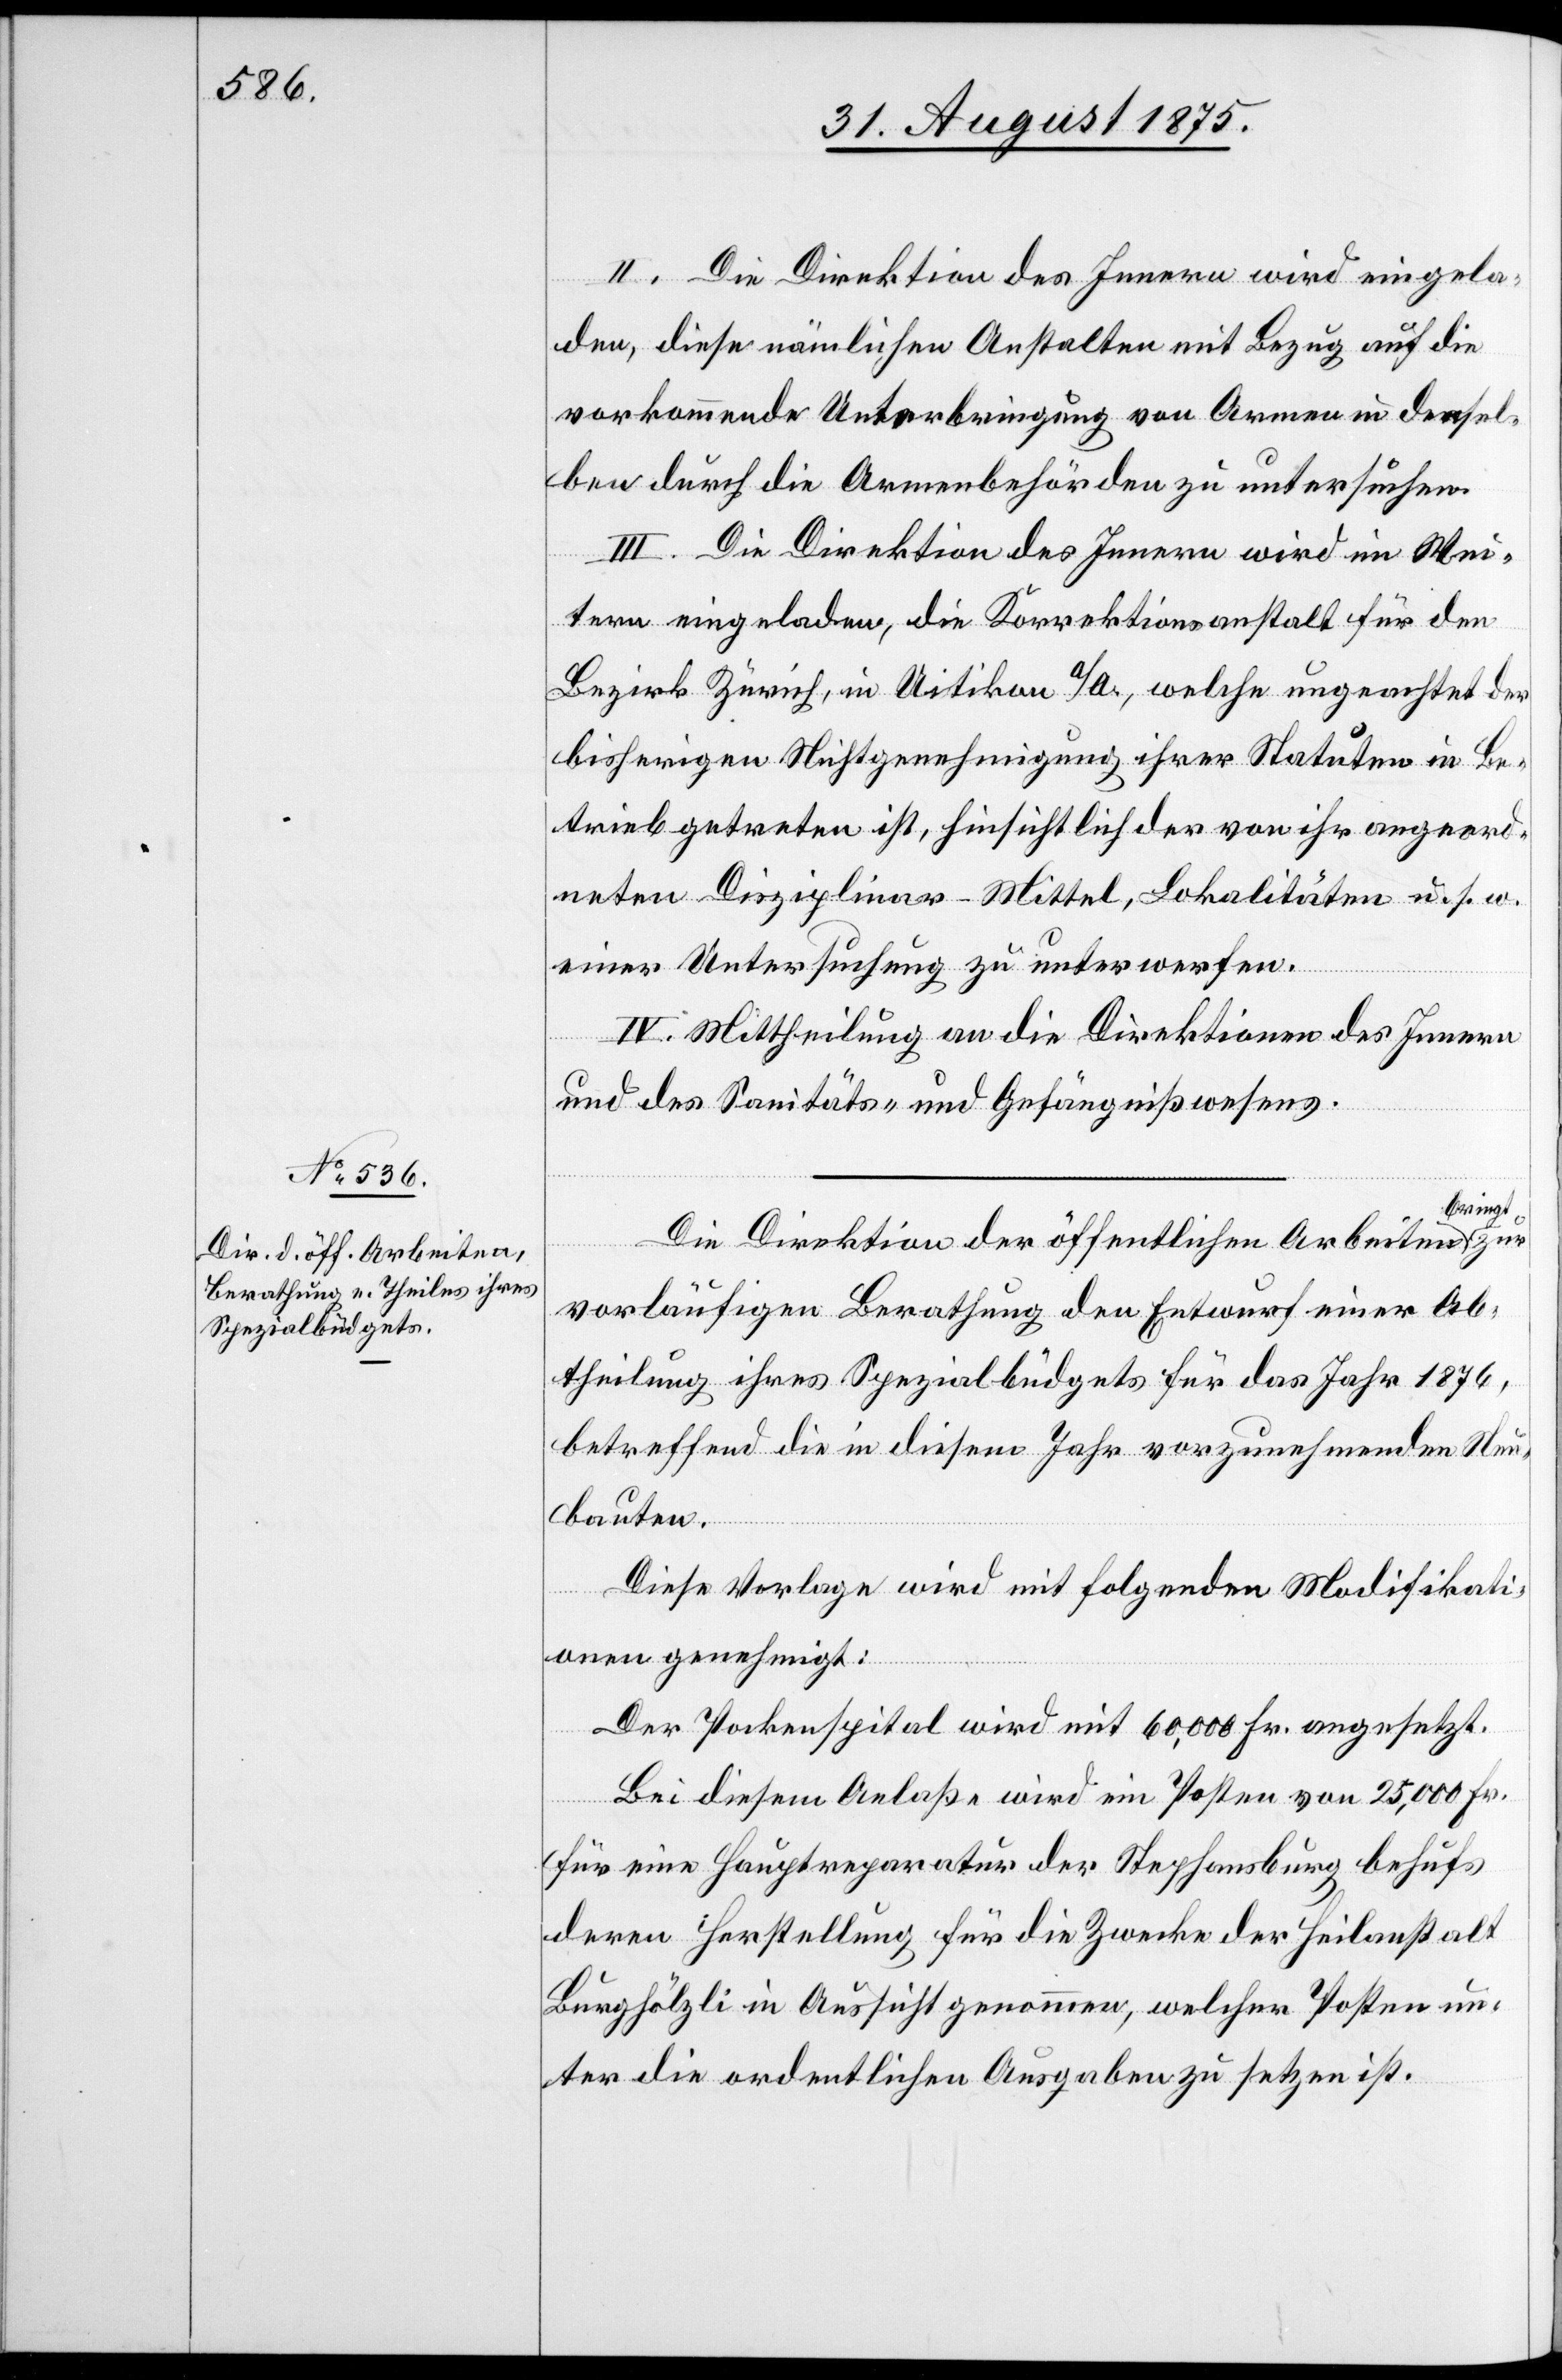
II. Die Direktion des Innern wird eingela¬
den, diese nämlichen Anstalten mit Bezug auf die
vorkommende Unterbringung von Armen in densel¬
ben durch die Armenbehörden zu untersuchen.
III. Die Direktion des Innern wird im Wei¬
tern eingeladen, die Korrektionsanstalt für den
Bezirk Zürich, in Uitikon a/A., welche ungeachtet der
bisherigen Nichtgenehmigung ihrer Statuten in Be¬
trieb getreten ist, hinsichtlich der von ihr angeord¬
neten Disziplinar-Mittel, Lokalitäten u. s. w.
einer Untersuchung zu unterwerfen.
IV. Mittheilung an die Direktionen des Innern
und des Sanitäts- und Gefängnißwesens.
bringt
Die Direktion der öffentlichen Arbeiten
vorläufigen Berathung den Entwurf einer Ab¬
theilung ihres Spezialbüdgets für das Jahr 1876,
betreffend die in diesem Jahr vorzunehmenden Neu¬
bauten.
Diese Vorlage wird mit folgender Modifikati¬
zur
on genehmigt:
Der Pockenspital wird mit 60,000 Fr. angesetzt.
Bei diesem Anlaße wird ein Posten von 25,000 Fr.
für eine Hauptreparatur der Stephansburg behufs
deren Herstellung für die Zwecke der Heilanstalt
Burghölzli in Aussicht genommen, welcher Posten un¬
ter die ordentlichen Ausgaben zu setzen ist.